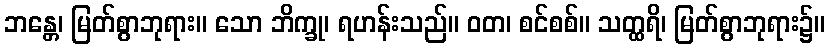
ဘန္တေ၊ မြတ်စွာဘုရား။ သော ဘိက္ခု၊ ရဟန်းသည်။ ဝတ၊ စင်စစ်။ သတ္ထရိ၊ မြတ်စွာဘုရား၌။